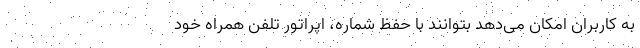
به کاربران امکان می‌دهد بتوانند با حفظ شماره، اپراتور تلفن همراه خود